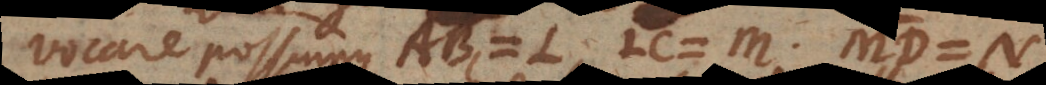
vocare possumus AB = L, LC = M